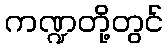
ကဏ္ဍတို့တွင်